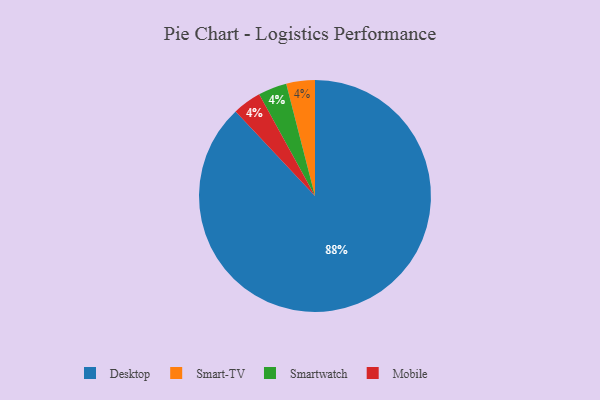
{"axis": {"x": "Category", "y": "Percentage"}, "legend": ["Desktop", "Mobile", "Smart-TV", "Smartwatch"], "data": [{"x": "Smart-TV", "y": 4, "type": "Smart-TV"}, {"x": "Smartwatch", "y": 4, "type": "Smartwatch"}, {"x": "Mobile", "y": 4, "type": "Mobile"}, {"x": "Desktop", "y": 88, "type": "Desktop"}]}